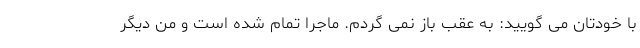
با خودتان می گویید: به عقب باز نمی گردم. ماجرا تمام شده است و من دیگر